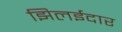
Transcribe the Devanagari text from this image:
झिलईदार